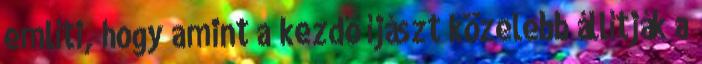
említi, hogy amint a kezdő íjászt közelebb állítják a